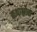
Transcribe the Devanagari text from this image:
कथाश्लोक